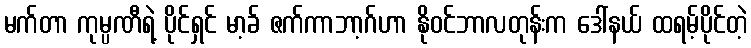
မက်တာ ကုမ္ပဏီရဲ့ ပိုင်ရှင် မာ့ခ် ဇက်ကာဘာ့ဂ်ဟာ နိုဝင်ဘာလတုန်းက ဒေါ်နယ် ထရမ့်ပိုင်တဲ့